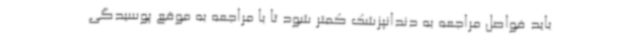
باید فواصل مراجعه به دندانپزشک کمتر شود تا با مراجعه به موقع پوسیدگی